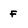
Character: f